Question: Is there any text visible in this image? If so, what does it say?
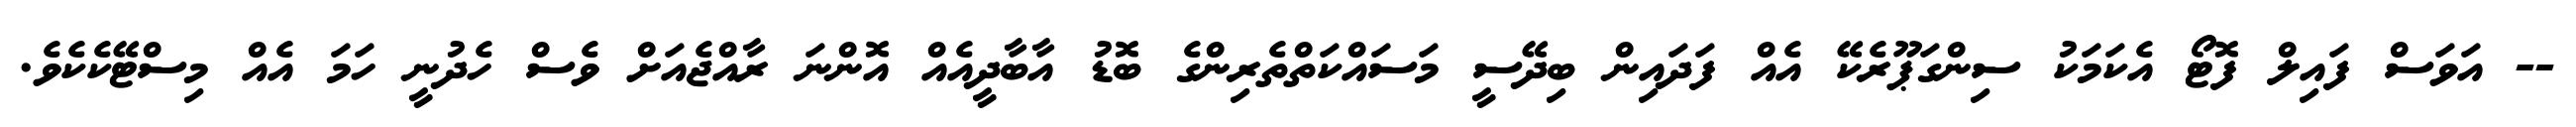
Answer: -- އަވަސް ފައިލް ފޮޓޯ އެކަމަކު ސިންގަޕޫރެކޭ އެއް ފަދައިން ބިދޭސީ މަސައްކަތްތެރިންގެ ބޮޑު އާބާދީއެއް އޮންނަ ރާއްޖެއަށް ވެސް ހެދުނީ ހަމަ އެއް މިސްޓޭކެކެވެ.